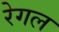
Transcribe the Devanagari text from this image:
रेगल